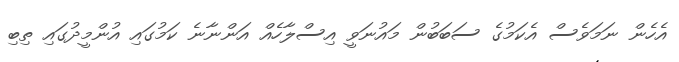
އެހެން ނަމަވެސް އެކަމުގެ ސަބަބުން މައުނަވީ އިސްލާހެއް އަންނާނެ ކަމުގައި އުންމީދުގައި ތިބި